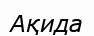
Ақида